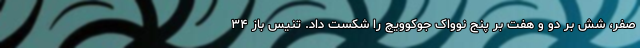
صفر، شش بر دو و هفت بر پنج نوواک جوکوویچ را شکست داد. تنیس باز ۳۴